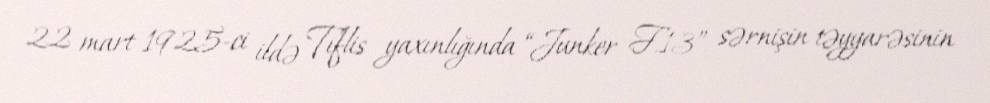
22 mart 1925-ci ildə Tiflis yaxınlığında “Junker F.13” sərnişin təyyarəsinin